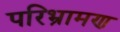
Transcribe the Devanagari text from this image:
परिभ्रामण